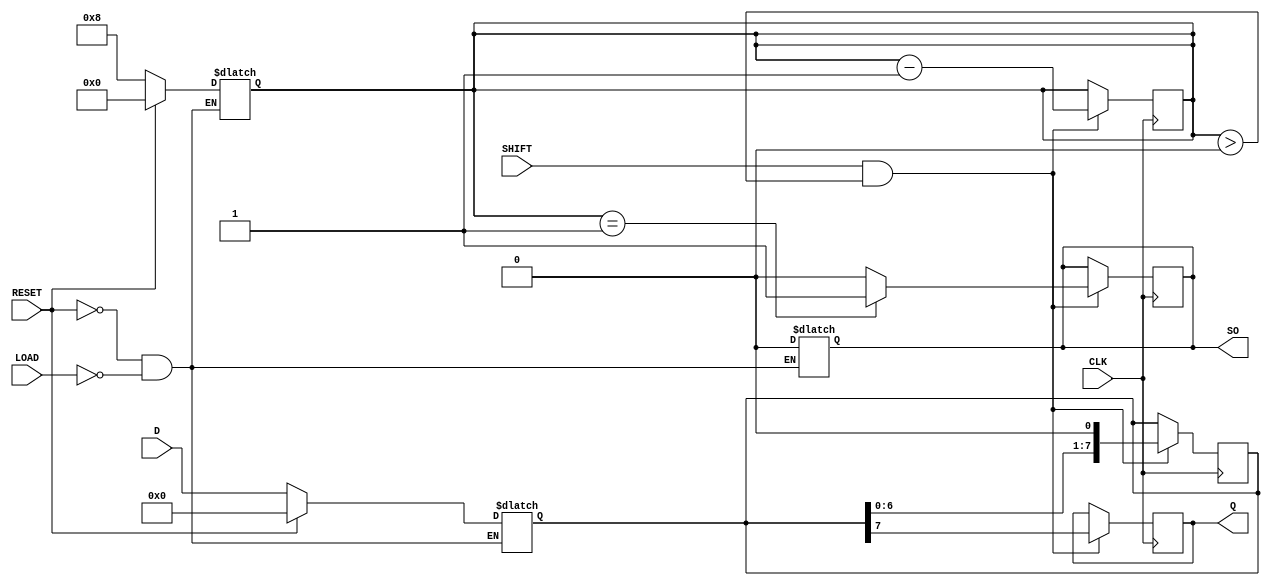
module PISO_Register #(
    parameter WIDTH = 8 // Define the width of the register
)(
    input  wire [WIDTH-1:0] D,      // Parallel data input
    input  wire LOAD,                // Load control signal
    input  wire SHIFT,               // Shift control signal
    input  wire CLK,                 // Clock signal
    input  wire RESET,               // Asynchronous reset signal
    output reg  Q,                   // Serial output
    output reg  SO                   // Shifted Out indicator
);

    reg [WIDTH-1:0] shift_reg;       // Internal shift register
    reg [3:0] count;                 // Counter to track the number of shifts

    // Asynchronous reset and loading data
    always @(*) begin
        if (RESET) begin
            shift_reg <= {WIDTH{1'b0}}; // Clear the register
            SO <= 1'b0;                // Reset shifted out indicator
            count <= 0;                // Reset counter
        end else if (LOAD) begin
            shift_reg <= D;            // Load data into the register
            SO <= 1'b0;                // Reset shifted out indicator
            count <= WIDTH;            // Set count to WIDTH
        end
    end

    // Shifting data out on the rising edge of CLK
    always @(posedge CLK) begin
        if (SHIFT && count > 0) begin
            Q <= shift_reg[WIDTH-1];   // Output the MSB
            shift_reg <= shift_reg << 1; // Shift left
            count <= count - 1;        // Decrement the count
            if (count == 1) begin
                SO <= 1'b1;            // Set SO when the last bit is shifted out
            end else begin
                SO <= 1'b0;             // Clear SO otherwise
            end
        end
    end

endmodule